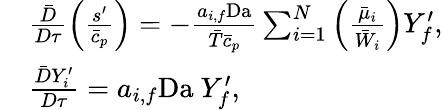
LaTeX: \begin{array}{rl}&{\frac{\bar{D}}{D\tau}\left(\frac{s^{\prime}}{\bar{c}_{p}}\right)=-\frac{a_{i,f}\mathrm{Da}}{\bar{T}\bar{c}_{p}}\sum_{i=1}^{N}\left(\frac{\bar{\mu}_{i}}{\bar{W}_{i}}\right)Y_{f}^{\prime},}\\ &{\frac{\bar{D}Y_{i}^{\prime}}{D\tau}=a_{i,f}\mathrm{Da}~Y_{f}^{\prime},}\end{array}